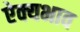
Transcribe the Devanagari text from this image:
ऐक्यभाव